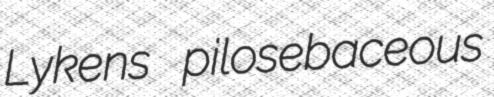
Lykens pilosebaceous